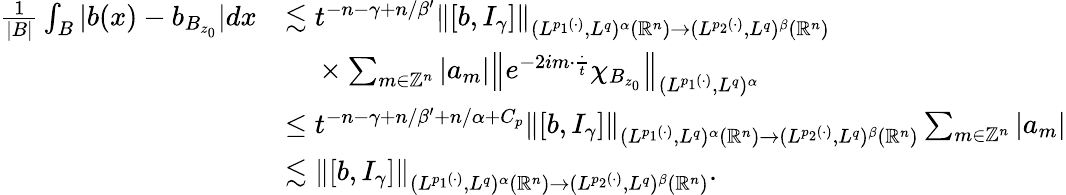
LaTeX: \begin{array}{rl}{\frac{1}{|B|}\int_{B}|b(x)-b_{B_{z_{0}}}|dx}&{\lesssim t^{-n-\gamma+n/\beta^{\prime}}\left\| [b,I_{\gamma}]\right\| _{(L^{p_{1}(\cdot)},L^{q})^{\alpha}({\mathbb R}^{n})\rightarrow(L^{p_{2}(\cdot)},L^{q})^{\beta}({\mathbb R}^{n})}}\\ &{~~~~\times\sum_{m\in\mathbb{Z}^{n}}|a_{m}|\left\| e^{-2im\cdot\frac{\cdot}{t}}\chi_{B_{z_{0}}}\right\| _{(L^{p_{1}(\cdot)},L^{q})^{\alpha}}}\\ &{\le t^{-n-\gamma+n/\beta^{\prime}+n/\alpha+C_{p}}\left\| [b,I_{\gamma}]\right\| _{(L^{p_{1}(\cdot)},L^{q})^{\alpha}({\mathbb R}^{n})\rightarrow(L^{p_{2}(\cdot)},L^{q})^{\beta}({\mathbb R}^{n})}\sum_{m\in\mathbb{Z}^{n}}|a_{m}|}\\ &{\lesssim\left\| [b,I_{\gamma}]\right\| _{(L^{p_{1}(\cdot)},L^{q})^{\alpha}({\mathbb R}^{n})\rightarrow(L^{p_{2}(\cdot)},L^{q})^{\beta}({\mathbb R}^{n})}.}\end{array}